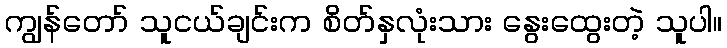
ကျွန်တော် သူငယ်ချင်းက စိတ်နှလုံးသား နွေးထွေးတဲ့ သူပါ။